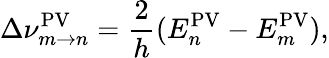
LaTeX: \Delta\nu_{m\rightarrow n}^{\mathrm{PV}}=\frac{2}{h}(E_{n}^{\mathrm{PV}}-E_{m}^{\mathrm{PV}}),